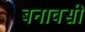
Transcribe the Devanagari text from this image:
बनावसी